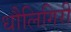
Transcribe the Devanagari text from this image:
धौलिगिरी